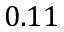
0 . 1 1